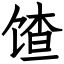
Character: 馇